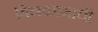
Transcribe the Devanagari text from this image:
बिनकामाची